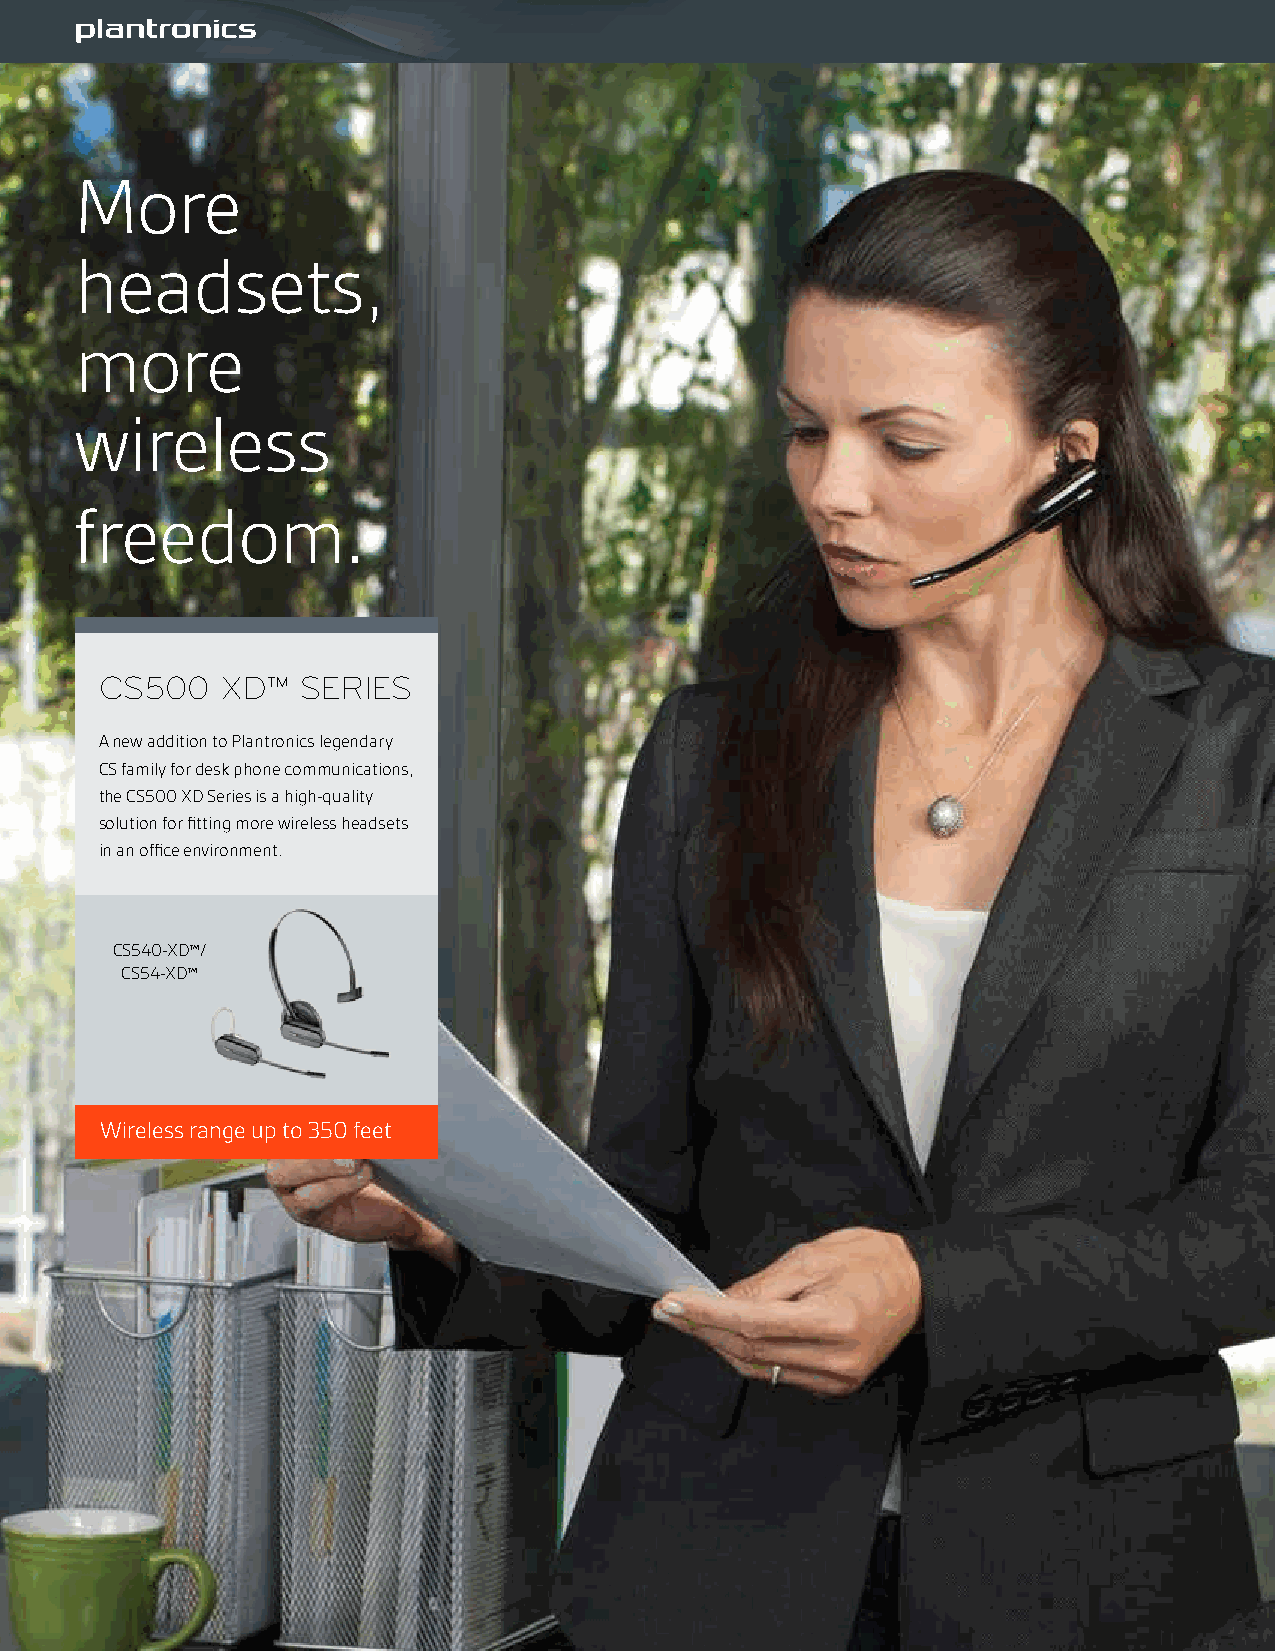
More
 headsets,
 more
 wireless
 freedom.
 CS500   XD™  SERIES
 A new addition to Plantronics legendary
 CS family for desk phone communications,
 the CS500 XD Series is a high-quality
 solution for fitting more wireless headsets
 in an office environment.
 CS540-XD™/
 CS54-XD™
 Wireless range up to 350 feet